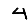
Digit: 4